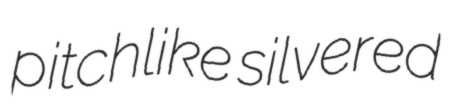
pitchlike silvered